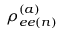
\rho _ { e e ( n ) } ^ { ( a ) }